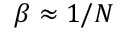
\beta \approx 1 / N